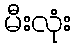
မီးလုံး